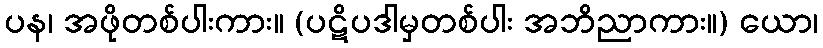
ပန၊ အဖိုတစ်ပါးကား။ (ပဋိပဒါမှတစ်ပါး အဘိညာကား။) ယော၊